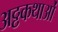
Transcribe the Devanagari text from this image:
अठ्ठकथाओं